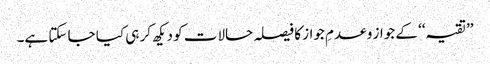
’’تقیہ‘‘ کے جواز و عدمِ جواز کا فیصلہ حالات کو دیکھ کر ہی کیا جا سکتا ہے۔